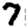
Digit: 7